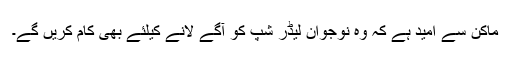
ماکن سے امید ہے کہ وہ نوجوان لیڈر شپ کو آگے لانے کیلئے بھی کام کریں گے۔